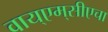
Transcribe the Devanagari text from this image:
वाय्‌एम्‌सीएचा